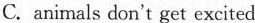
C.animals don't get excited